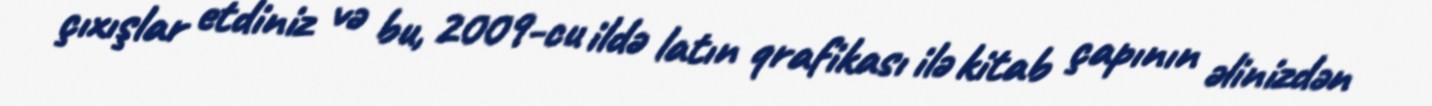
çıxışlar etdiniz və bu, 2009-cu ildə latın qrafikası ilə kitab çapının əlinizdən